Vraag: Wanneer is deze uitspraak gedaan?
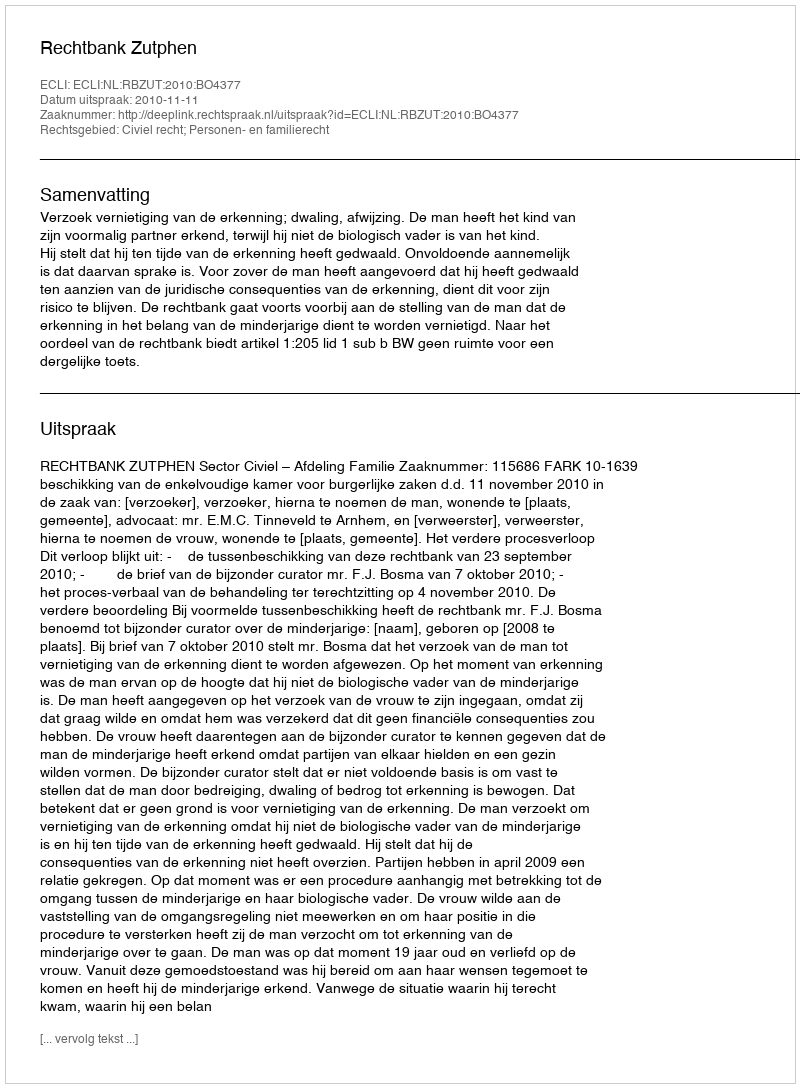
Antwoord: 2010-11-11